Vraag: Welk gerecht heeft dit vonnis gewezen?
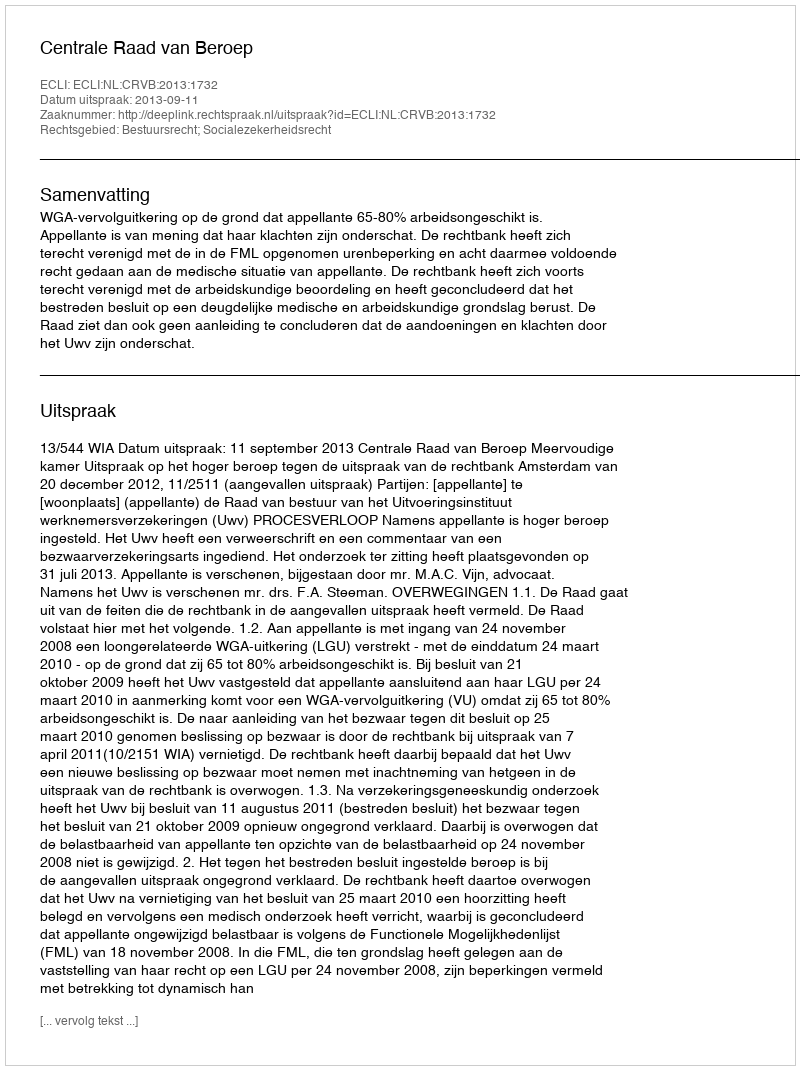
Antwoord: Centrale Raad van Beroep